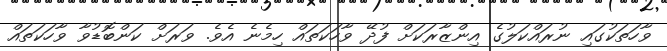
ވާހަތަކުގައި ނުރައްކަލުގެ އިންޒާރަކަށް ފުދޭ ވާހަކަތައް ހިމެނެ އެވެ. ވަރަށް ކަންބޮޑުވާ ވާހަކަތައް